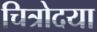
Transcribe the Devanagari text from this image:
चित्रोदया